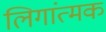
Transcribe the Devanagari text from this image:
लिगांत्मक